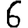
Digit: 6